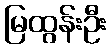
မြထွန်းဦး